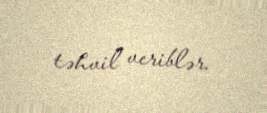
təhvil veriblər.